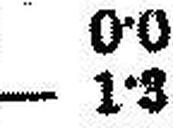
— 1•3